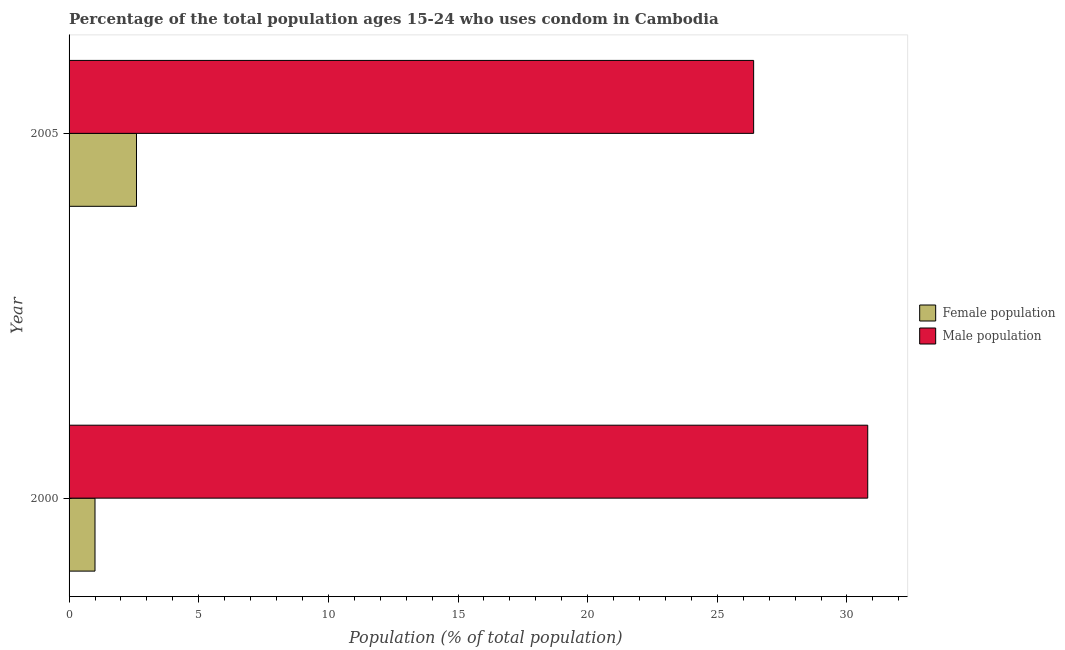
| Year | Female population | Male population |
 | --- | --- | --- |
 | 2000 | 1 | 30.8 |
 | 2005 | 2.6 | 26.4 |